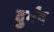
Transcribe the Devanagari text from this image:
दुर्मंद